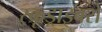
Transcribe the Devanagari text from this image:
स्क्रूड्राइवरों